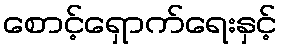
စောင့်ရှောက်ရေးနှင့်